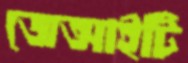
জেআইটি